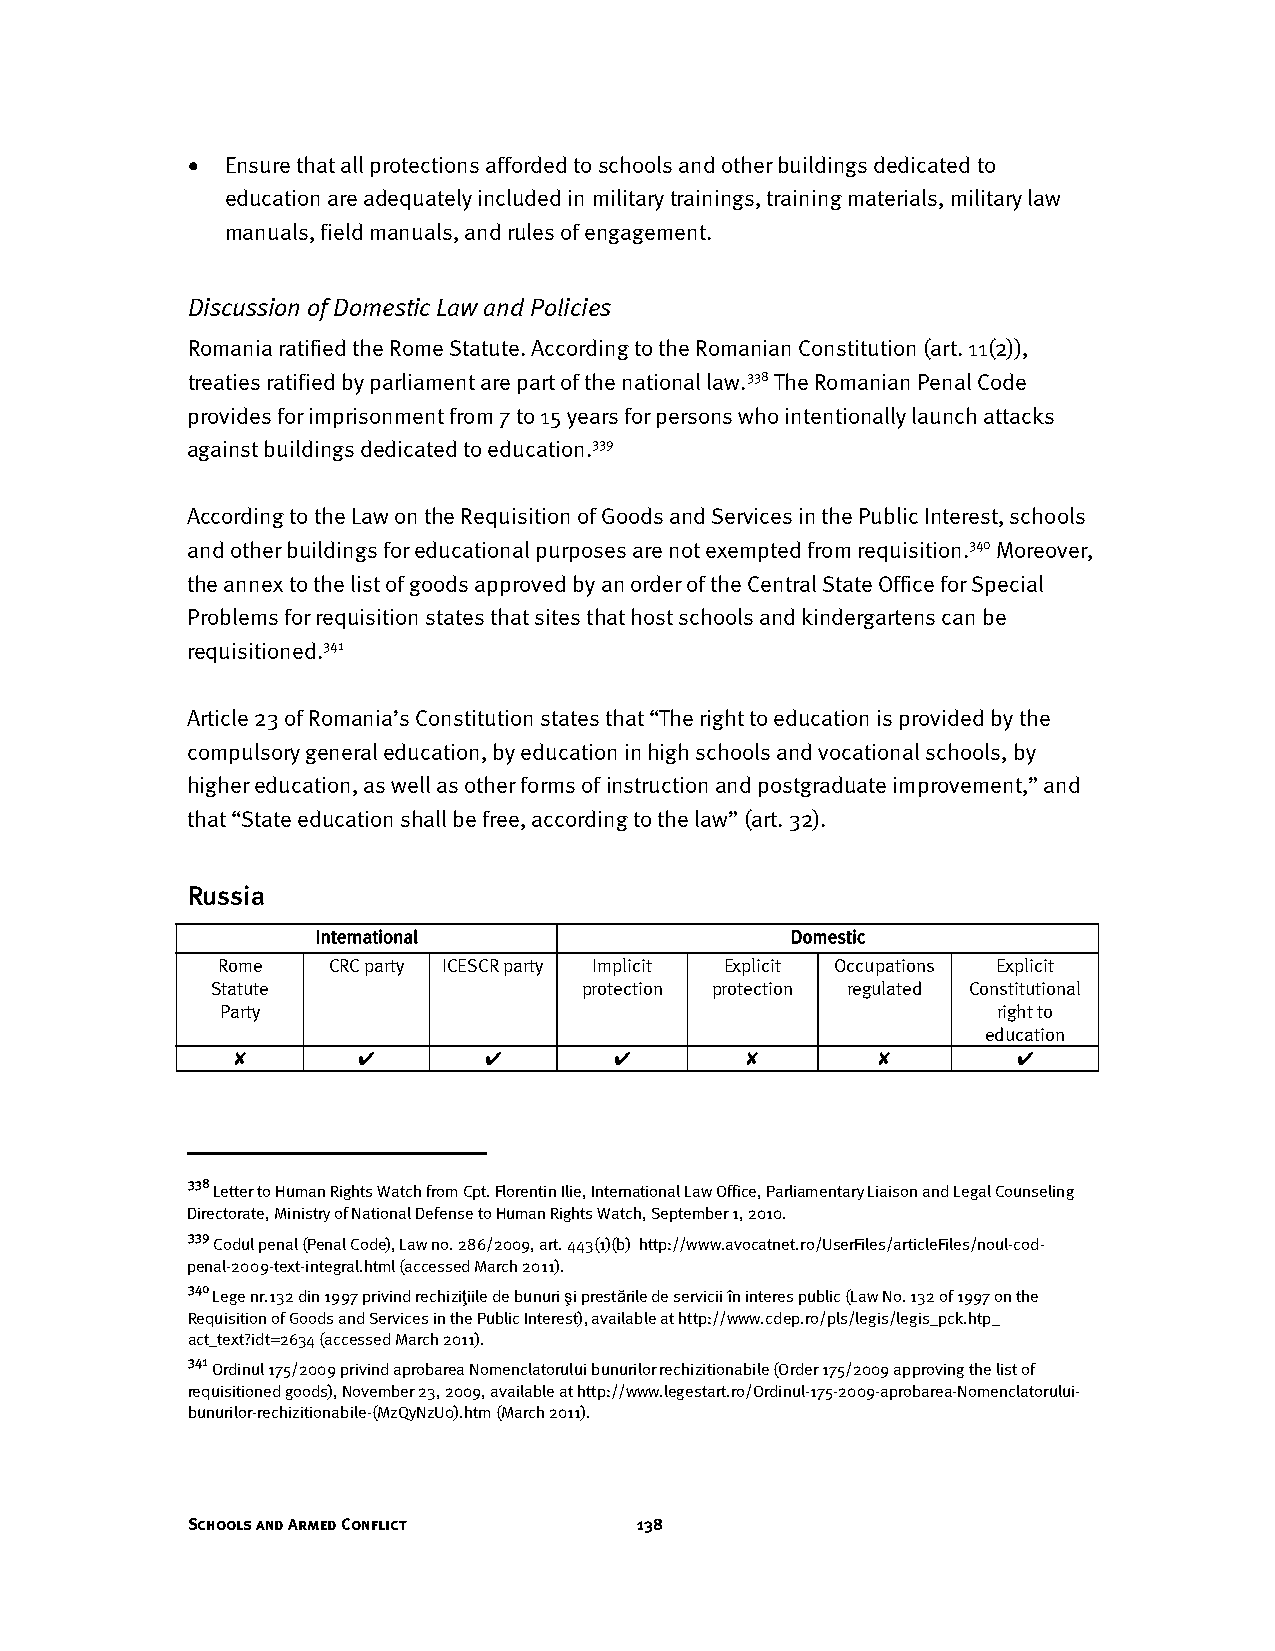
•  Ensure that all protections afforded to schools and other buildings dedicated to
 education are adequately included in military trainings, training materials, military law
 manuals, field manuals, and rules of engagement.
 Discussion of Domestic Law and Policies
 Romania ratified the Rome Statute. According to the Romanian Constitution (art. 11(2)),
 treaties ratified by parliament are part of the national law.338 The Romanian Penal Code
 provides for imprisonment from 7 to 15 years for persons who intentionally launch attacks
 against buildings dedicated to education.339
 According to the Law on the Requisition of Goods and Services in the Public Interest, schools
 and other buildings for educational purposes are not exempted from requisition.340 Moreover,
 the annex to the list of goods approved by an order of the Central State Office for Special
 Problems for requisition states that sites that host schools and kindergartens can be
 requisitioned.341
 Article 23 of Romania’s Constitution states that “The right to education is provided by the
 compulsory general education, by education in high schools and vocational schools, by
 higher education, as well as other forms of instruction and postgraduate improvement,” and
 that “State education shall be free, according to the law” (art. 32).
 Russia
 International                  Domestic
 Rome    CRC party ICESCR party Implicit Explicit Occupations Explicit
 Statute                  protection protection regulated Constitutional
 Party                                              right to
 education
 ✘        ✔       ✔        ✔       ✘        ✘        ✔
 338
 Letter to Human Rights Watch from Cpt. Florentin Ilie, International Law Office, Parliamentary Liaison and Legal Counseling
 Directorate, Ministry of National Defense to Human Rights Watch, September 1, 2010.
 339
 Codul penal (Penal Code), Law no. 286/2009, art. 443(1)(b) http://www.avocatnet.ro/UserFiles/articleFiles/noul-cod-
 penal-2009-text-integral.html (accessed March 2011).
 340
 Lege nr.132 din 1997 privind rechiziţiile de bunuri şi prestările de servicii în interes public (Law No. 132 of 1997 on the
 Requisition of Goods and Services in the Public Interest), available at http://www.cdep.ro/pls/legis/legis_pck.htp_
 act_text?idt=2634 (accessed March 2011).
 341
 Ordinul 175/2009 privind aprobarea Nomenclatorului bunurilor rechizitionabile (Order 175/2009 approving the list of
 requisitioned goods), November 23, 2009, available at http://www.legestart.ro/Ordinul-175-2009-aprobarea-Nomenclatorului-
 bunurilor-rechizitionabile-(MzQyNzU0).htm (March 2011).
 Schools and Armed Conflict    138